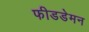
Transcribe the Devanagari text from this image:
फीडडेमन